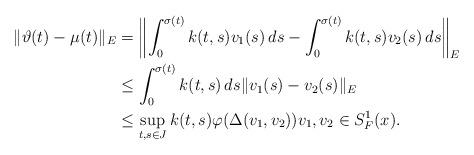
LaTeX: \begin{align*}\|\vartheta(t) - \mu(t) \|_E &= \biggl\| \int_{0}^{\sigma(t)} k(t,s)v_1(s)\,ds - \int_{0}^{\sigma(t)} k(t, s)v_2(s)\,ds\biggr\|_E \\&\leq \int_{0}^{\sigma(t)} k(t, s)\, ds \| v_1(s) - v_2(s) \|_E\\&\leq \sup_{ t, s \in J} k(t, s) \varphi(\Delta(v_1, v_2)) v_1, v_2\in S^1_F(x).\end{align*}